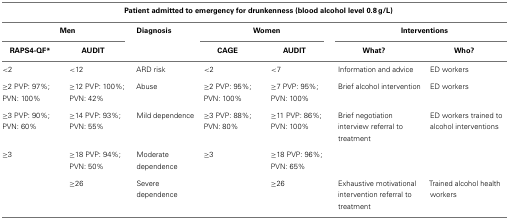
| <COLSPAN=7> Patient admitted to emergency for drunkenness (blood alcohol level 0.8 g/L) |
 | <COLSPAN=2> Men | Diagnosis | <COLSPAN=2> Women | <COLSPAN=2> Interventions |
 | RAPS4-QF* | AUDIT |  | CAGE | AUDIT | What? | Who? |
 | --- | --- | --- | --- | --- | --- | --- |
 | <2 | <12 | ARD risk | <2 | <7 | Information and advice | ED workers |
 | ≥2 PVP: 97%; PVN: 100% | ≥12 PVP: 100%; PVN: 42% | Abuse | ≥2 PVP: 95%; PVN: 100% | ≥7 PVP: 95%; PVN: 100% | Brief alcohol intervention | ED workers |
 | ≥3 PVP: 90%; PVN: 60% | ≥14 PVP: 93%; PVN: 55% | Mild dependence | ≥3 PVP: 88%; PVN: 80% | ≥11 PVP: 86%; PVN: 100% | Brief negotiation interview referral to treatment | ED workers trained to alcohol interventions |
 | ≥3 | ≥18 PVP: 94%; PVN: 50% | Moderate dependence | ≥3 | ≥18 PVP: 96%; PVN: 65% |  |
 |  | ≥26 | Severe dependence |  | ≥26 | Exhaustive motivational intervention referral to treatment | Trained alcohol health workers |